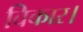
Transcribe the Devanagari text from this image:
विकार।